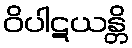
ဝိပါဋယန္တိ